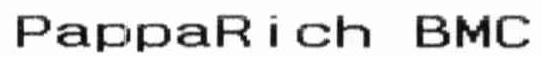
PAPPARICH BMC